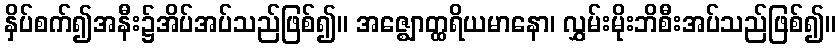
နှိပ်စက်၍အနီး၌အိပ်အပ်သည်ဖြစ်၍။ အဇ္ဈောတ္ထရိယမာနော၊ လွှမ်းမိုးဘိစီးအပ်သည်ဖြစ်၍။